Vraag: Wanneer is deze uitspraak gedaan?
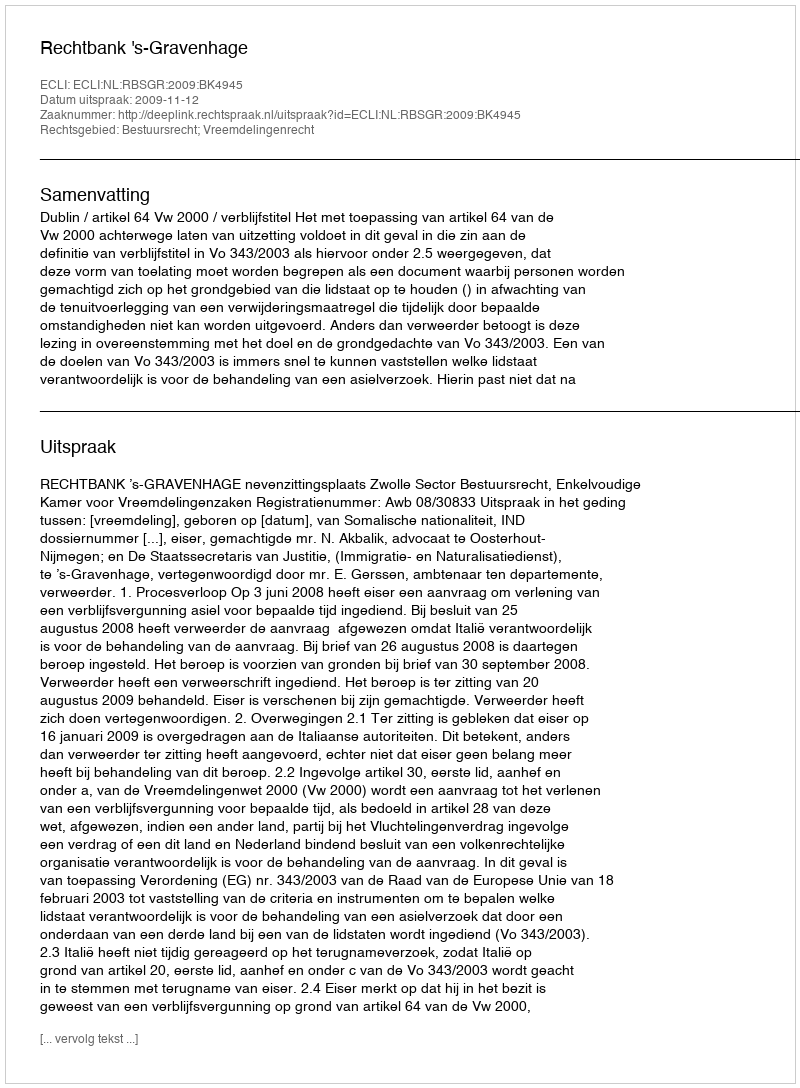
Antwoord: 2009-11-12